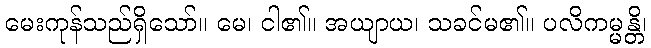
မေးကုန်သည်ရှိသော်။ မေ၊ ငါ၏။ အယျာယ၊ သခင်မ၏။ ပလိကမ္မန္တိ၊